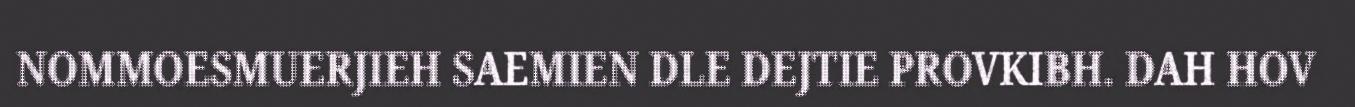
NOMMOESMUERJIEH SAEMIEN DLE DEJTIE PROVKIBH. DAH HOV